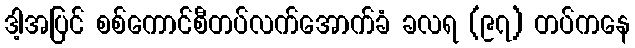
ဒါ့အပြင် စစ်ကောင်စီတပ်လက်အောက်ခံ ခလရ (၉၇) တပ်ကနေ